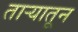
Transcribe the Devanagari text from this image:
ताऱ्यातून